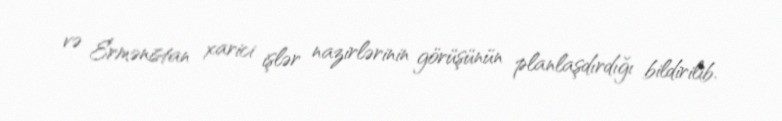
və Ermənistan xarici işlər nazirlərinin görüşünün planlaşdırdığı bildirilib.